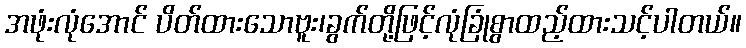
အဖုံးလုံအောင် ပိတ်ထားသောဗူး၊ခွက်တို့ဖြင့်လုံခြုံစွာထည့်ထားသင့်ပါတယ်။